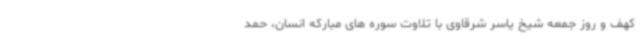
کهف و روز جمعه شیخ یاسر شرقاوی با تلاوت سوره های مبارکه انسان، حمد